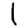
Digit: 1